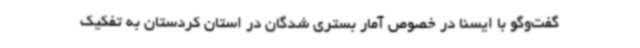
گفت‌وگو با ایسنا در خصوص آمار بستری شدگان در استان کردستان به تفکیک